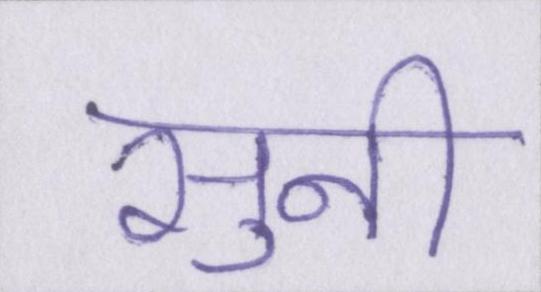
सुनी